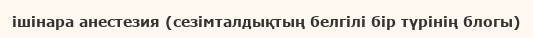
ішінара анестезия (сезімталдықтың белгілі бір түрінің блогы)